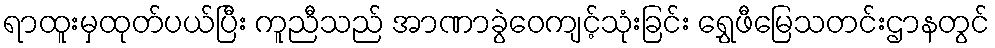
ရာထူးမှထုတ်ပယ်ပြီး ကူညီသည် အာဏာခွဲဝေကျင့်သုံးခြင်း ရွှေဖီမြေသတင်းဌာနတွင်